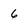
Character: 6